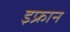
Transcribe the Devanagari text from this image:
इफ्रान